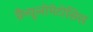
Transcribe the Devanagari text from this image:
ग्रैन्यूलोमेटोसिस